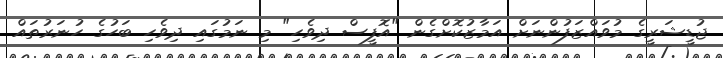
ޖުޑީޝަރީގެ މުވައްޒަފުންނަށް އަމާޒުކޮށްގެން "އޮފީސް ދިވެހި" މި ނަމުގައި ދިވެހި ބަހުގެ ހުނަރުތައް